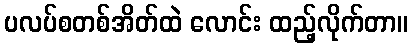
ပလပ်စတစ်အိတ်ထဲ လောင်း ထည့်လိုက်တာ။